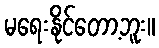
မရေးနိုင်တော့ဘူး။